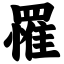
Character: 罹